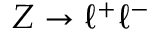
Z \rightarrow \ell ^ { + } \ell ^ { - }